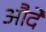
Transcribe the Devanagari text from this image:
औदे